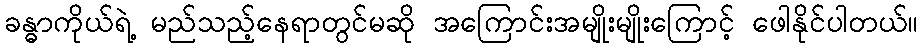
ခန္ဓာကိုယ်ရဲ့ မည်သည့်နေရာတွင်မဆို အကြောင်းအမျိုးမျိုးကြောင့် ဖေါနိုင်ပါတယ်။